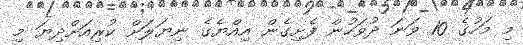
މި މަހުގެ 10 ވަނަ ދުވަހުން ފެށިގެން އިއްޔެގެ ނިޔަލަށް ކުރިއަށްދިޔަ މި